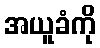
အယူခံကို